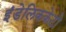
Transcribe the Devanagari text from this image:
इंडेलिककेटो